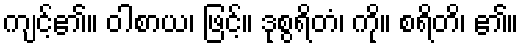
ကျင့်၏။ ဝါစာယ၊ ဖြင့်။ ဒုစွရိတံ၊ ကို။ စရိတိ၊ ၏။